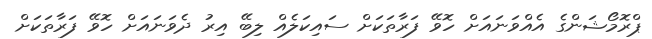
ޕްރޮމޯޝަންގެ އެއްވަނައަށް ހޮވޭ ފަރާތަކަށް ސައިކަލެއް ލިބޭ އިރު ދެވަނައަށް ހޮވޭ ފަރާތަކަށް